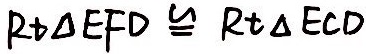
R t \Delta E F D \cong R t \Delta E C D